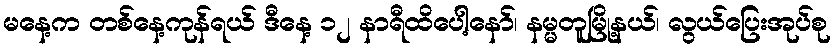
မနေ့က တစ်နေ့ကုန်ရယ် ဒီနေ့ ၁၂ နာရီထိပေါ့နော်၊ နမ္မတူမြို့နယ်၊ လွယ်ပြေးအုပ်စု